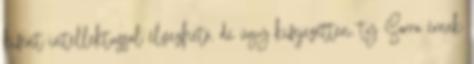
kifent intellektussal élvezhető, de úgy kifejezetten, ty Sorra érnek